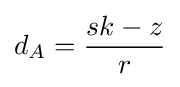
d_{A}={\frac {sk-z}{r}}